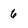
Character: 6